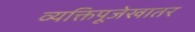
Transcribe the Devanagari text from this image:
व्यक्तिपूजेखातर